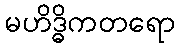
မဟိဒ္ဓိကတရော